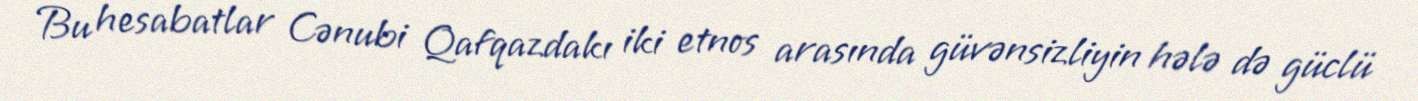
Bu hesabatlar Cənubi Qafqazdakı iki etnos arasında güvənsizliyin hələ də güclü